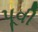
પૂવી